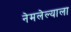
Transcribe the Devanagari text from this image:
नेमलेल्याला